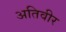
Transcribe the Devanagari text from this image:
अतिवीर